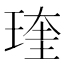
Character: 𤧊